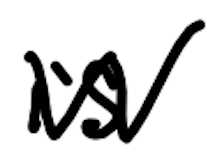
Text: is
Cross-out: mix
Writing tool: digital_black